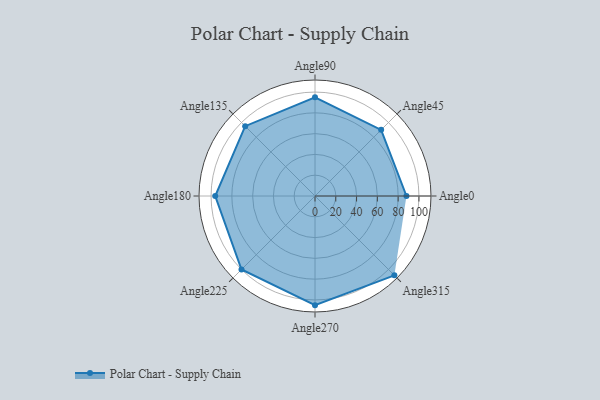
{"axis": {"x": "Angle", "y": "Radius"}, "legend": [""], "data": [{"x": "Angle0", "y": 88.0, "type": ""}, {"x": "Angle45", "y": 90.0, "type": ""}, {"x": "Angle90", "y": 95.0, "type": ""}, {"x": "Angle135", "y": 95.0, "type": ""}, {"x": "Angle180", "y": 96.0, "type": ""}, {"x": "Angle225", "y": 100.0, "type": ""}, {"x": "Angle270", "y": 105.0, "type": ""}, {"x": "Angle315", "y": 108.0, "type": ""}]}